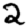
Digit: 2